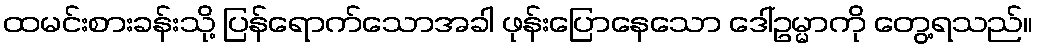
ထမင်းစားခန်းသို့ ပြန်ရောက်သောအခါ ဖုန်းပြောနေသော ဒေါ်ဥမ္မာကို တွေ့ရသည်။